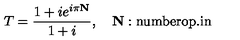
T = \frac { 1 + i e ^ { i \pi \mathbf { N } } } { 1 + i } , \quad \mathbf { N } : \mathrm { n u m b e r o p . i n }